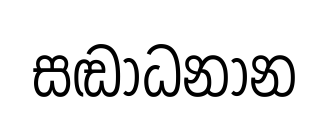
සඬාධනාන